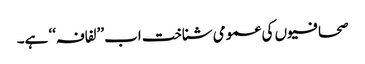
صحافیوں کی عمومی شناخت اب ’’لفافہ‘‘ ہے۔